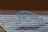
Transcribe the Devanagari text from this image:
श्याममध्ये